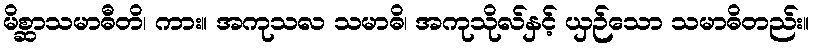
မိစ္ဆာသမာဓီတိ၊ ကား။ အကုသလ သမာဓိ၊ အကုသိုလ်နှင့် ယှဉ်သော သမာဓိတည်း။